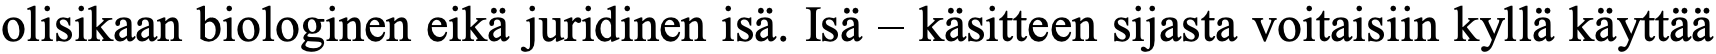
olisikaan biologinen eikä juridinen isä. Isä – käsitteen sijasta voitaisiin kyllä käyttää